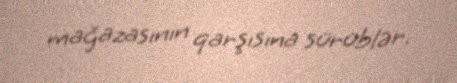
mağazasının qarşısına sürüblər.